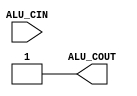
module ALUcontrol(ALU_CIN, ALU_COUT);

input [3:0] ALU_CIN;
output ALU_COUT;


assign ALU_COUT = 1'b1;
endmodule